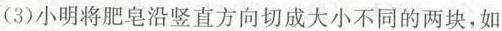
(3)小明将肥皂沿竖直方向切成大小不同的两块，如